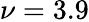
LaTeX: \nu=3.9